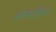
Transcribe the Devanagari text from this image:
अथेन्सवासियांना